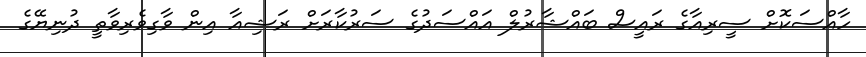
ހާއްސަކޮށް ސީރިއާގެ ރައީސް ބައްޝާރުލް އައްސަދުގެ ސަރުކާރަށް ރަޝިއާ އިން ވާގިވެރިވާތީ ދުނިޔޭގެ